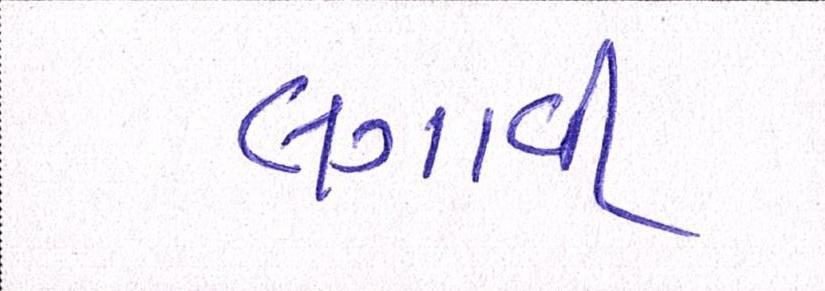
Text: લગાવી